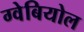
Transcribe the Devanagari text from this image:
ग्वेबियोल